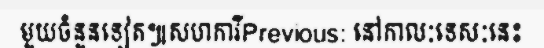
មួយចំនួនទៀត៕សហការីPrevious: នៅកាលៈទេសៈនេះ